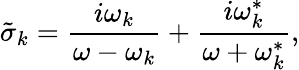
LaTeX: \tilde{\sigma}_{k}=\frac{i\omega_{k}}{\omega-\omega_{k}}+\frac{i\omega_{k}^{*}}{\omega+\omega_{k}^{*}},